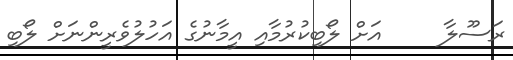
ރަސޫލާ     އަށް ލޯބިކުރުމާއި އީމާނުގެ އަހުލުވެރީންނަށް ލޯބި